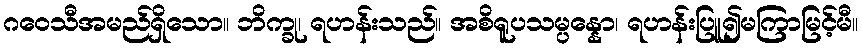
ဂဝေသီအမည်ရှိသော။ ဘိက္ခု၊ ရဟန်းသည်။ အစိရူပသမ္ပန္နော၊ ရဟန်းပြူ၍မကြာမြင့်မီ။